Report on horse surra - Volume I
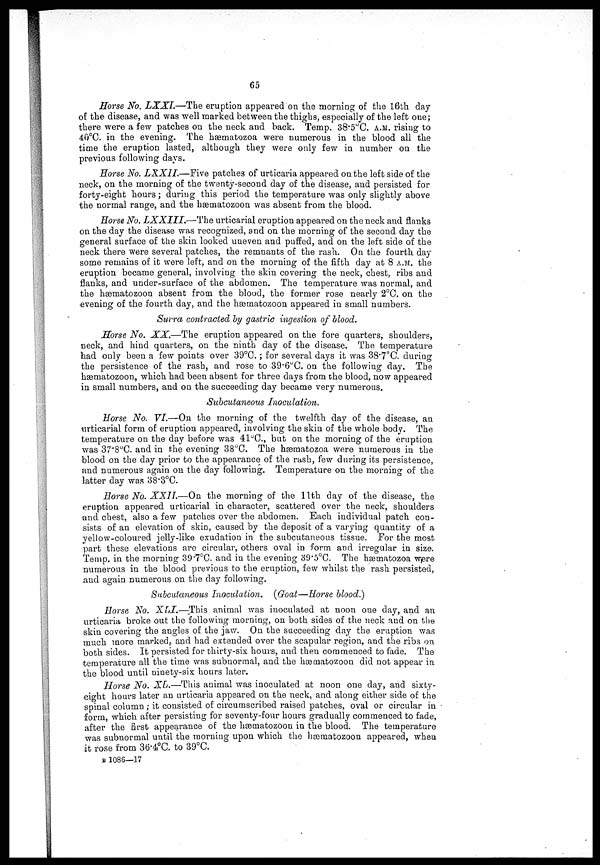
65
Horse No. LXXI.—The eruption appeared on the morning of the l6th day
of the disease, and was well marked between the thighs, especially of the left one;
there were a few patches on the neck and back. Temp. 38.5°C. A.M. rising to
40°C. in the evening. The hæmatozoa were numerous in the blood all the
time the eruption lasted, although they were only few in number on the
previous following days.
Horse No. LXXII.—Five patches of urticaria appeared on the left side of the
neck, on the morning of the twenty-second day of the disease, and persisted for
forty-eight hours ; during this period the temperature was only slightly above
the normal range, and the ha3matozoon was absent from the blood.
Horse No. LXXIII.—The
urticarial eruption appeared on the neck and flanks
on the day the disease was recognized, and on the morning of the second day the
general surface of the skin looked uneven and puffed, and on the left side of the
neck there were several patches, the remnants of the rash. On the fourth day
some remains of it were left, and on the morning of the fifth day at 8 a.m. the
eruption became general, involving the skin covering the neck, chest, ribs and
flanks, and under-surface of the abdomen. The temperature was normal, and
the hæmatozoon absent from the blood, the former rose nearly 2°0. on the
evening of the fourth day, and the hæmatozoon appeared in small numbers.
Surra contracted by gastric ingestion of blood.
Horse No. XX.—The eruption appeared on the fore quarters, shoulders,
neck, and hind quarters, on the ninth day of the disease. The temperature
had only been a few points over 39°C. ; for several days it was 38.7°C. during
the persistence of the rash, and rose to 39.6°C. on the following day. The
hæmatozoon, which had been absent for three days from the blood, now appeared
in small numbers, and on the succeeding day became very numerous.
Subcutaneous Inoculation.
Horse No. VI.—On the morning of the twelfth day of the disease, an
urticarial form of eruption appeared., involving the skin of the whole body. The
temperature on the day before was 41°C., but on the morning of the eruption
was 37.8°C. and in the evening 38°C. The hæmatozoa were numerous in the
blood on the day prior to the appearance of the rash, few during its persistence,
and numerous again on the day following. Temperature on the morning of the
latter day was 38.3°C.
Horse No.. XXII.—On the morning of the 11th day of the disease, the
eruption appeared urticarial in character, scattered over the neck, shoulders
and chest, also a few patches over the abdomen. Each individual patch con-
sists of an elevation of skin, caused by the deposit of a varying quantity of a
yellow-coloured jelly-like exudation in the subcutaneous tissue. For the most
part these elevations are circular, others oval in form and irregular in size.
Temp. in the morning 39.7°C. and in the evening 39.5°C. The hæmatozoa were
numerous in the blood previous to the eruption, few whilst the rash persisted,
and again numerous on the day following.
Subcutaneous Inoculation. (Goat—Horse blood.)
Horse No. XLI.—This animal was inoculated at noon one day, and an
urticaria broke out the following morning, on both sides of the neck and on the
skin covering the angles of the jaw. On the succeeding day the eruption was
much more marked, and had extended over the scapular region, and the ribs on
both sides. It persisted for thirty-six hours, and then commenced to fade. The
temperature all the time was subnormal, and the hæmatozoon did not appear in
the blood until ninety-six hours later.
Horse No. XL.—This animal was inoculated at noon one day, and sixty-
eight hours later an urticaria appeared on the neck, and along either side of the
spinal column ; it consisted of circumscribed raised patches, oval or circular in
form, which after persisting for seventy-four hours gradually commenced to fade,
after the first appearance of the hæmatozoon in the blood. The temperature
was subnormal until the morning upon which the hæmatozoon appeared, when
it rose from 36.4°C. to 39°C.
B 1086—17